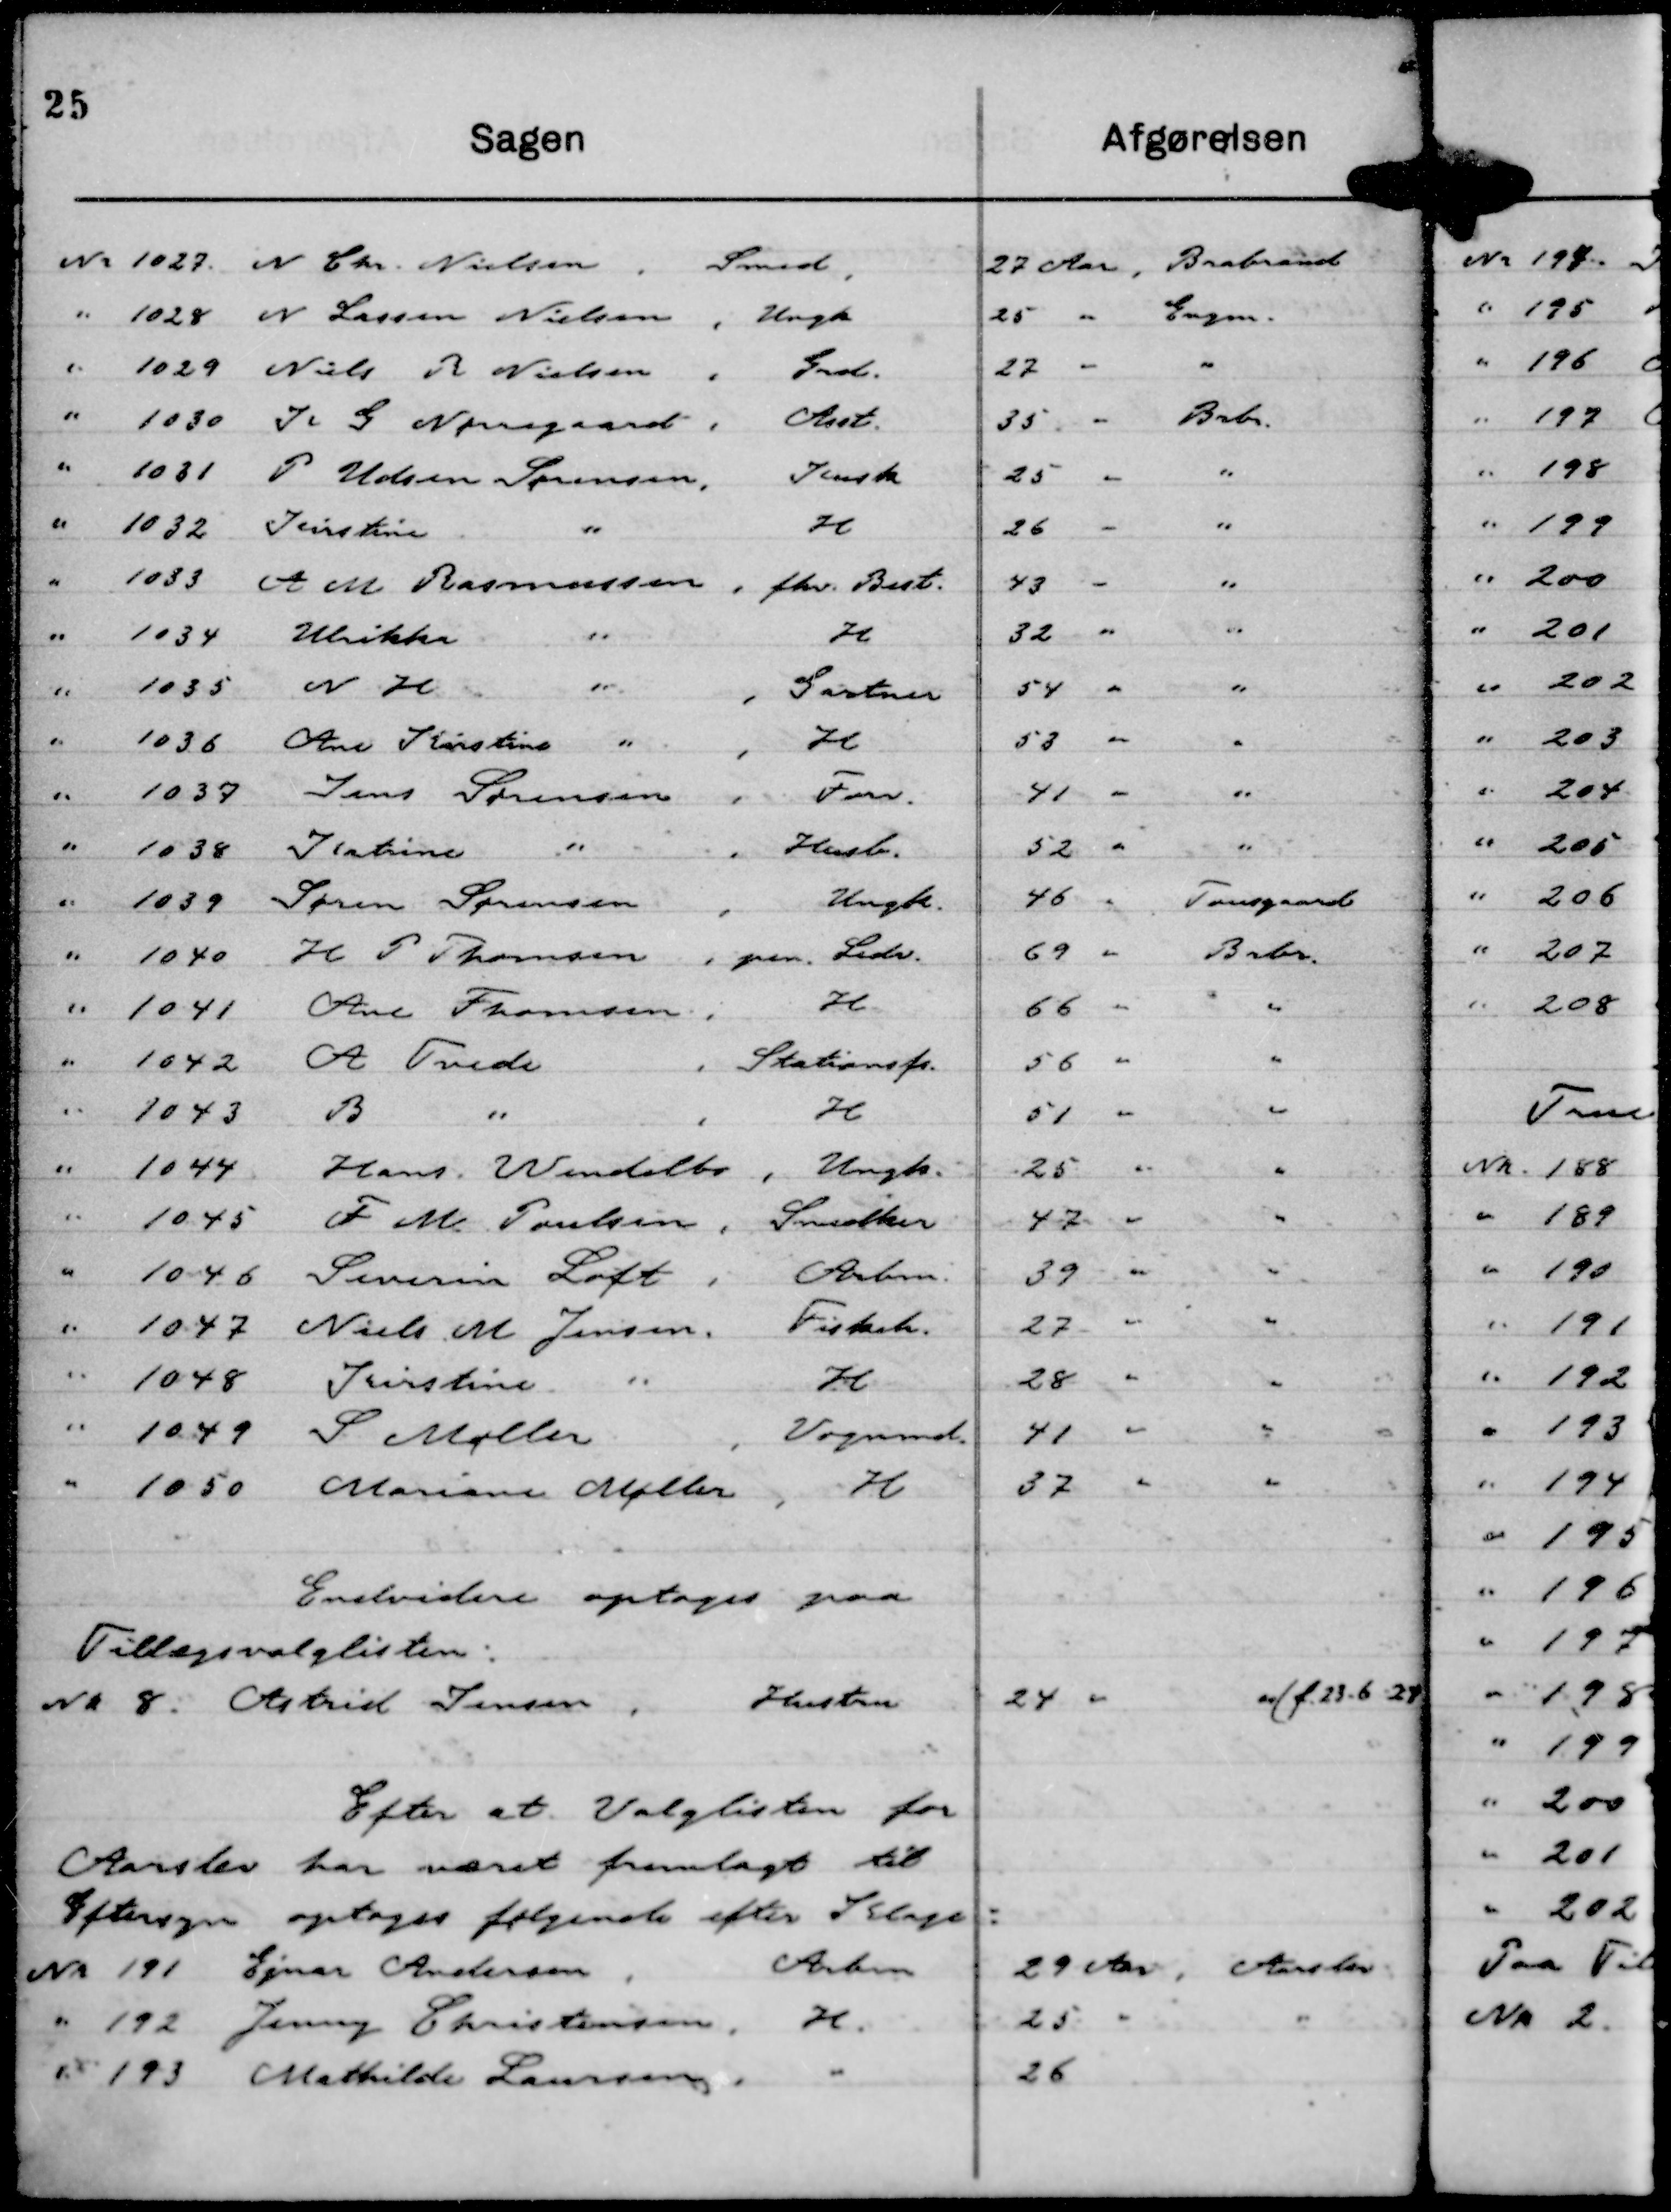
Transskription:
Nr 1027 N Chr. Nielsen , Smed
27 Aar,
Brabrand

" 1028 N Lassen Nielsen , Ungk
25 "
Engm.

" 1029 Niels R Nielsen ,
Gart.
27 "
"

" 1030 K G Nørregaard , Asst.
35 "
Brbr.

" 1031 P Udsen Sørensen, Kusk
25 "
"

" 1032 Kirstine
"
H
26 "
"

" 1033 A M Rasmussen , fhv. Best.
43 "
"

" 1034 Ulrikke
"
H
32 "
"

" 1035 N H
"
, Gartner
54 "
"

" 1036 Ane Kirstine " ,
H
58 "
"

" 1037 Jens Sørensen ,
Forr.
41 "
"

" 1038 Katrine "
, Husb.
52 "
"

" 1039 Søren Sørensen
,
Ungk.
46 "
Tousgaard

" 1040 H P Thomsen , pen. Ledv.
69 "
Brbr.

" 1041 Ane Thomsen ,
H
66 "
"

" 1042 A Tvede
, Stationsfs.
56 "
"

" 1043 B
"
,
H
51 "
"

" 1044 Hans Wendelbo , Ungk.
25 "
"

" 1045 F M. Poulsen , Snedker
47 "
"

" 1046 Severin Loft , Arbm.
39 "
"

" 1047 Niels M Jensen , Fiskeh.
27 "
"

" 1048 Kirstine
"
H
28 "
"

" 1049 S. Møller
, Vognmand.
41 "
"

" 1050 Mariane Møller , H
37 "
"

Endvidere optoges paa
Tillægslisten:
Nr 8. Astrid Jensen, Hustru
24 "
u ( f. 23-6-24

Efter at Valglisten for
Aarslev har været fremlagt til
Eftersyn optages følgende efter Klage:

Nr 191 Ejnar Andersen ,
Arbm
29 Aar,
Aarslev

" 192 Jenny Christensen , H.
25 "
"

" 192 Mathilde Laursen , "
26